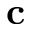
\mathbf { c }